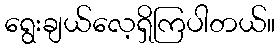
ရွေးချယ်လေ့ရှိကြပါတယ်။